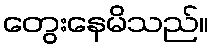
တွေးနေမိသည်။